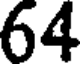
64